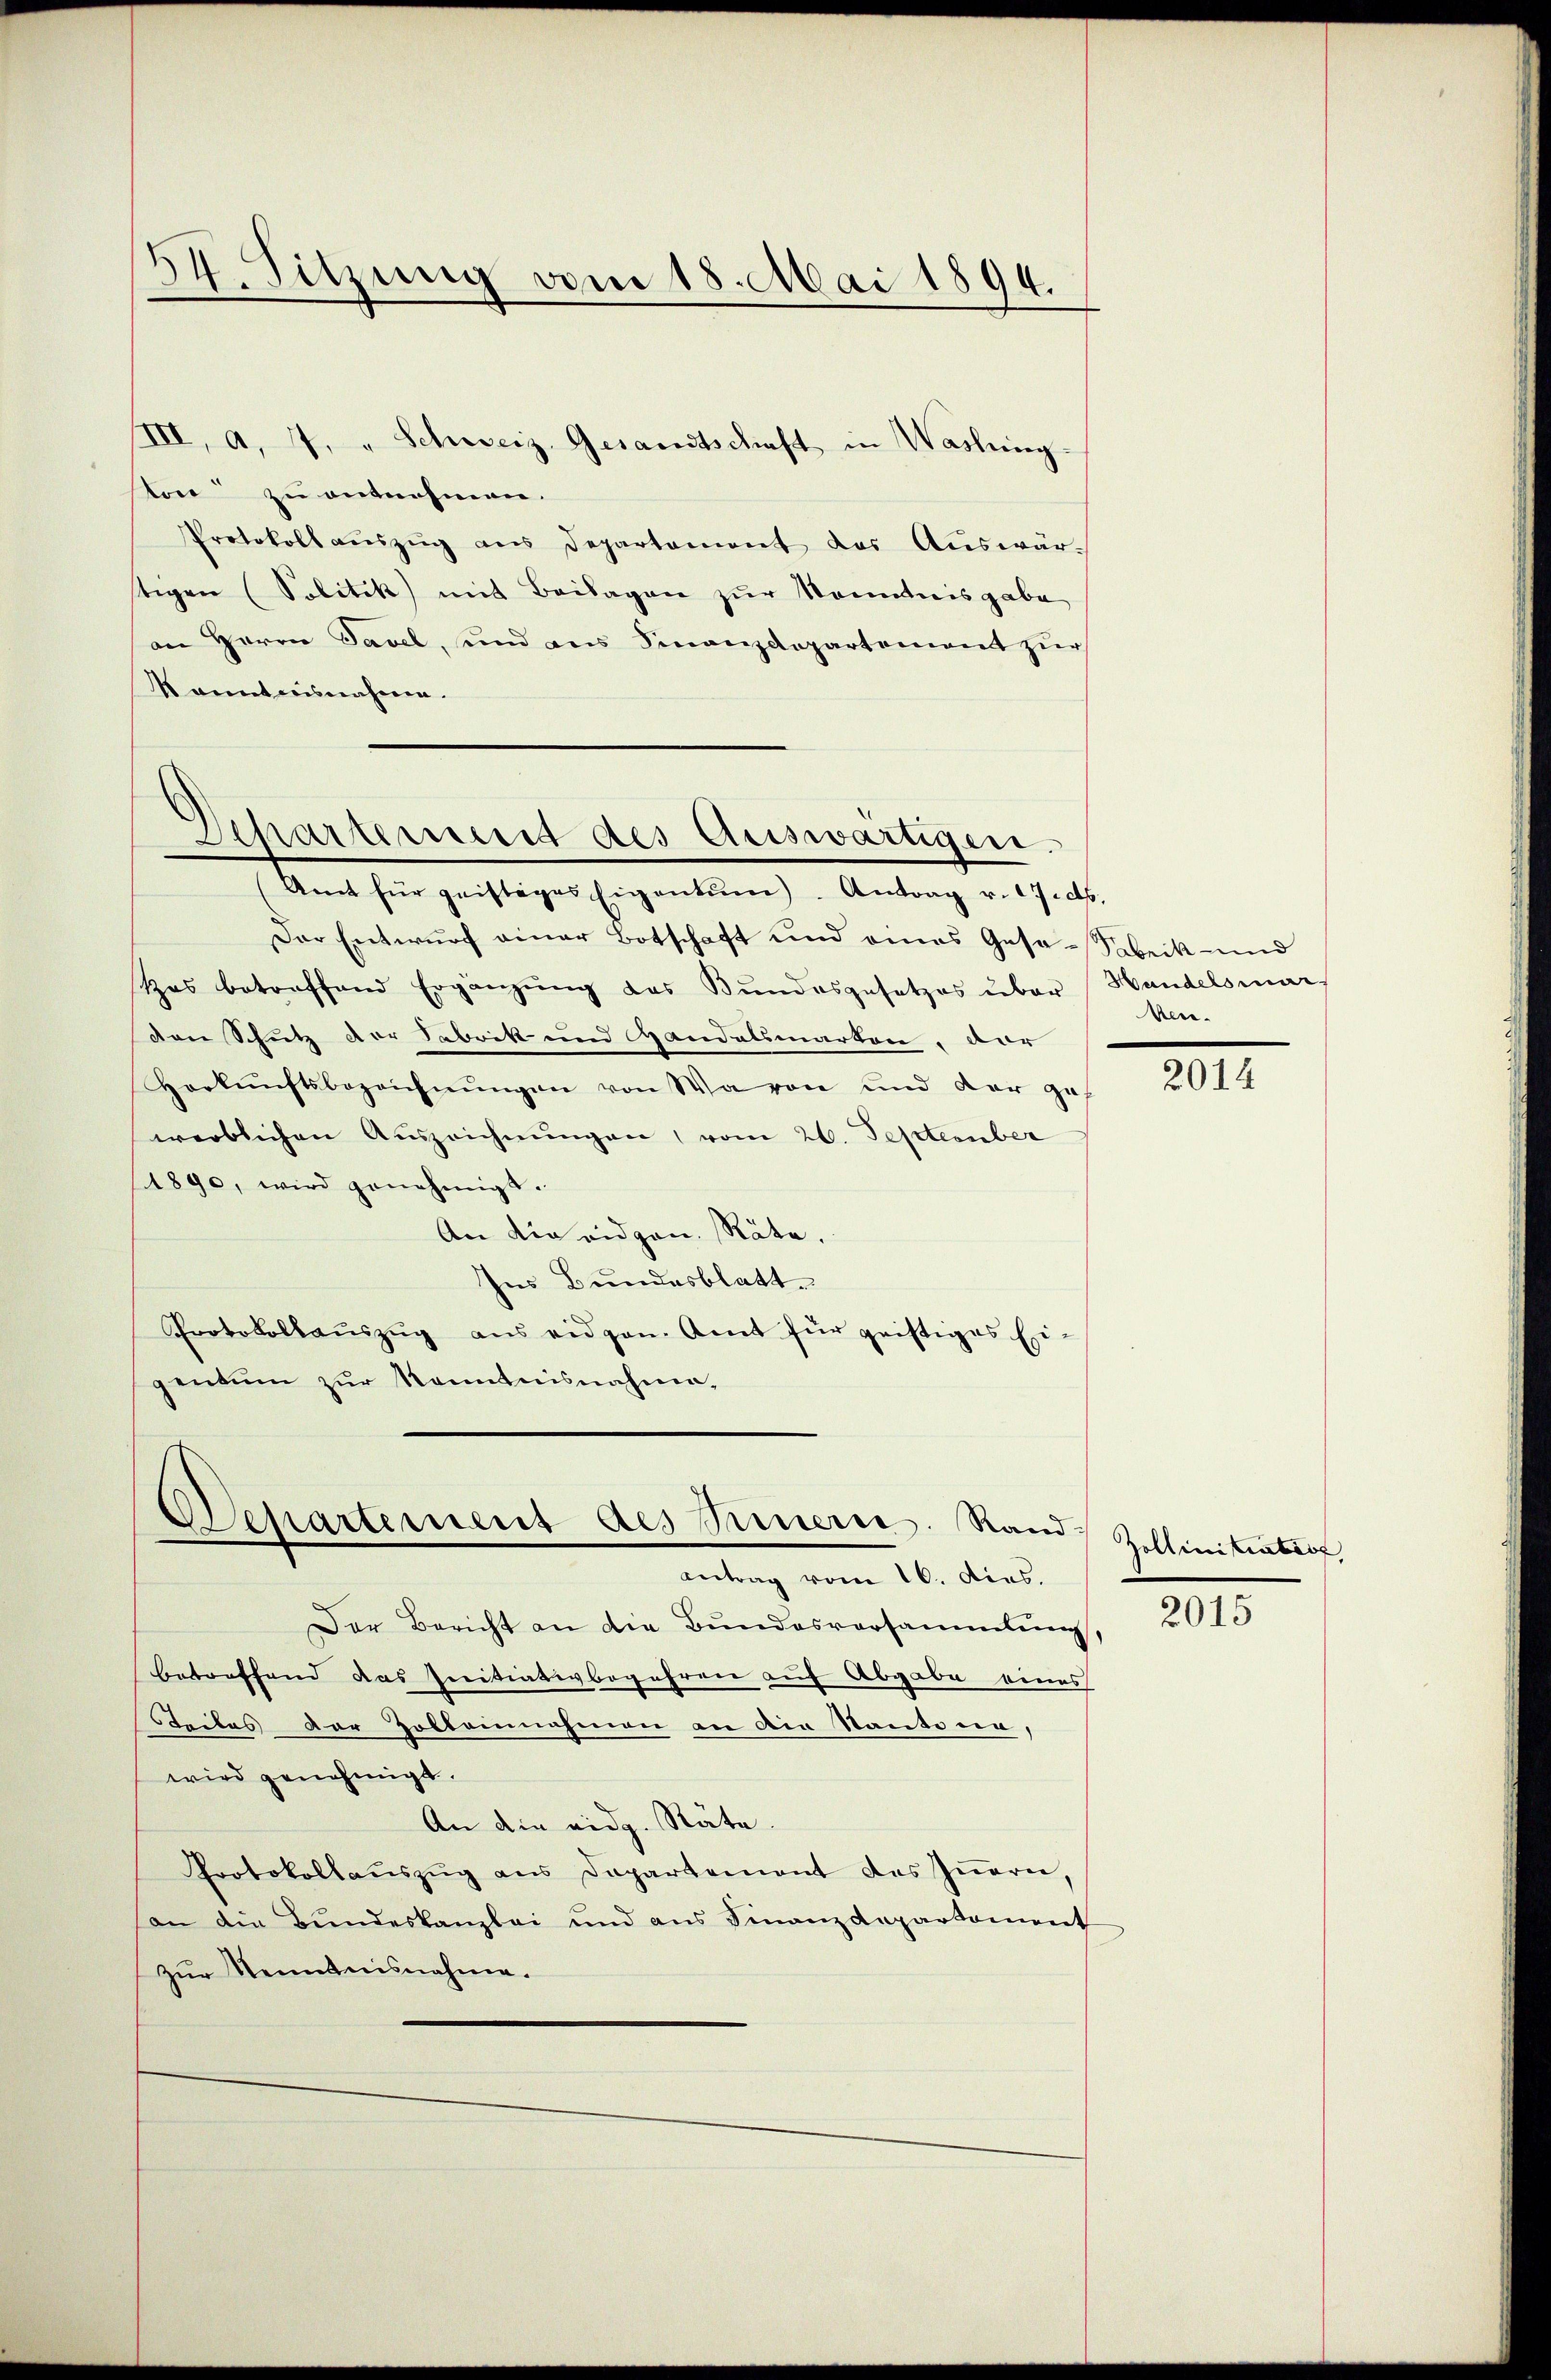
34. Sitzung vom 18. Mai 1894.

III, a. 4. " Schweiz. Gesandtschaft in Washing
ston zu entnehmen.
Protokoll aŭszŭg ans Departement das Auswär-
tigen (Solitik mit Beilagen zur Kenntnisgabe
an Herrn Tavel, und aus Finanzdepartement zur
kanntnisnahmen.

Departement des Auswärtigen.
(Amt für geistiges Eigentum). Antrag v. 17. ds.

Der Entwurf einer Botschaft und eines Gesa-Fabrik- und
Zas betreffend Ergänzŭng des Bundesgesetzes über Handelsmar-
den Schutz der Sabrik und Handelsmarken, vor
Herkŭnftsbezeichnŭngen von Waren und der geh
werblichen Auszeichnŭngen, vom 26. September
41890, wird genehmigt.
An die eidgen. Räte.
Im Bundesblatt.
Protokollaŭszŭg ans eidgen. Amt für gristiges Ei
gentum zur Kenntnisnahme.

Departement des Innern. Stand Zollinitiater,
Antrag vom 16. dies.

Aene.

Der Bericht an die Bundesversammlung,
betreffend das Initiativbegehren auf Abgabe eines
teiles der Zolbeinahmen an die Staate er,
wird genehmigt.
An die eidg. Räte.
Protokollaŭszŭg ans Departement des Iṅern,
an die Bŭndeskanzlei und ans Finanzdepartement
zur Kenntnisnahme.

2014

2015